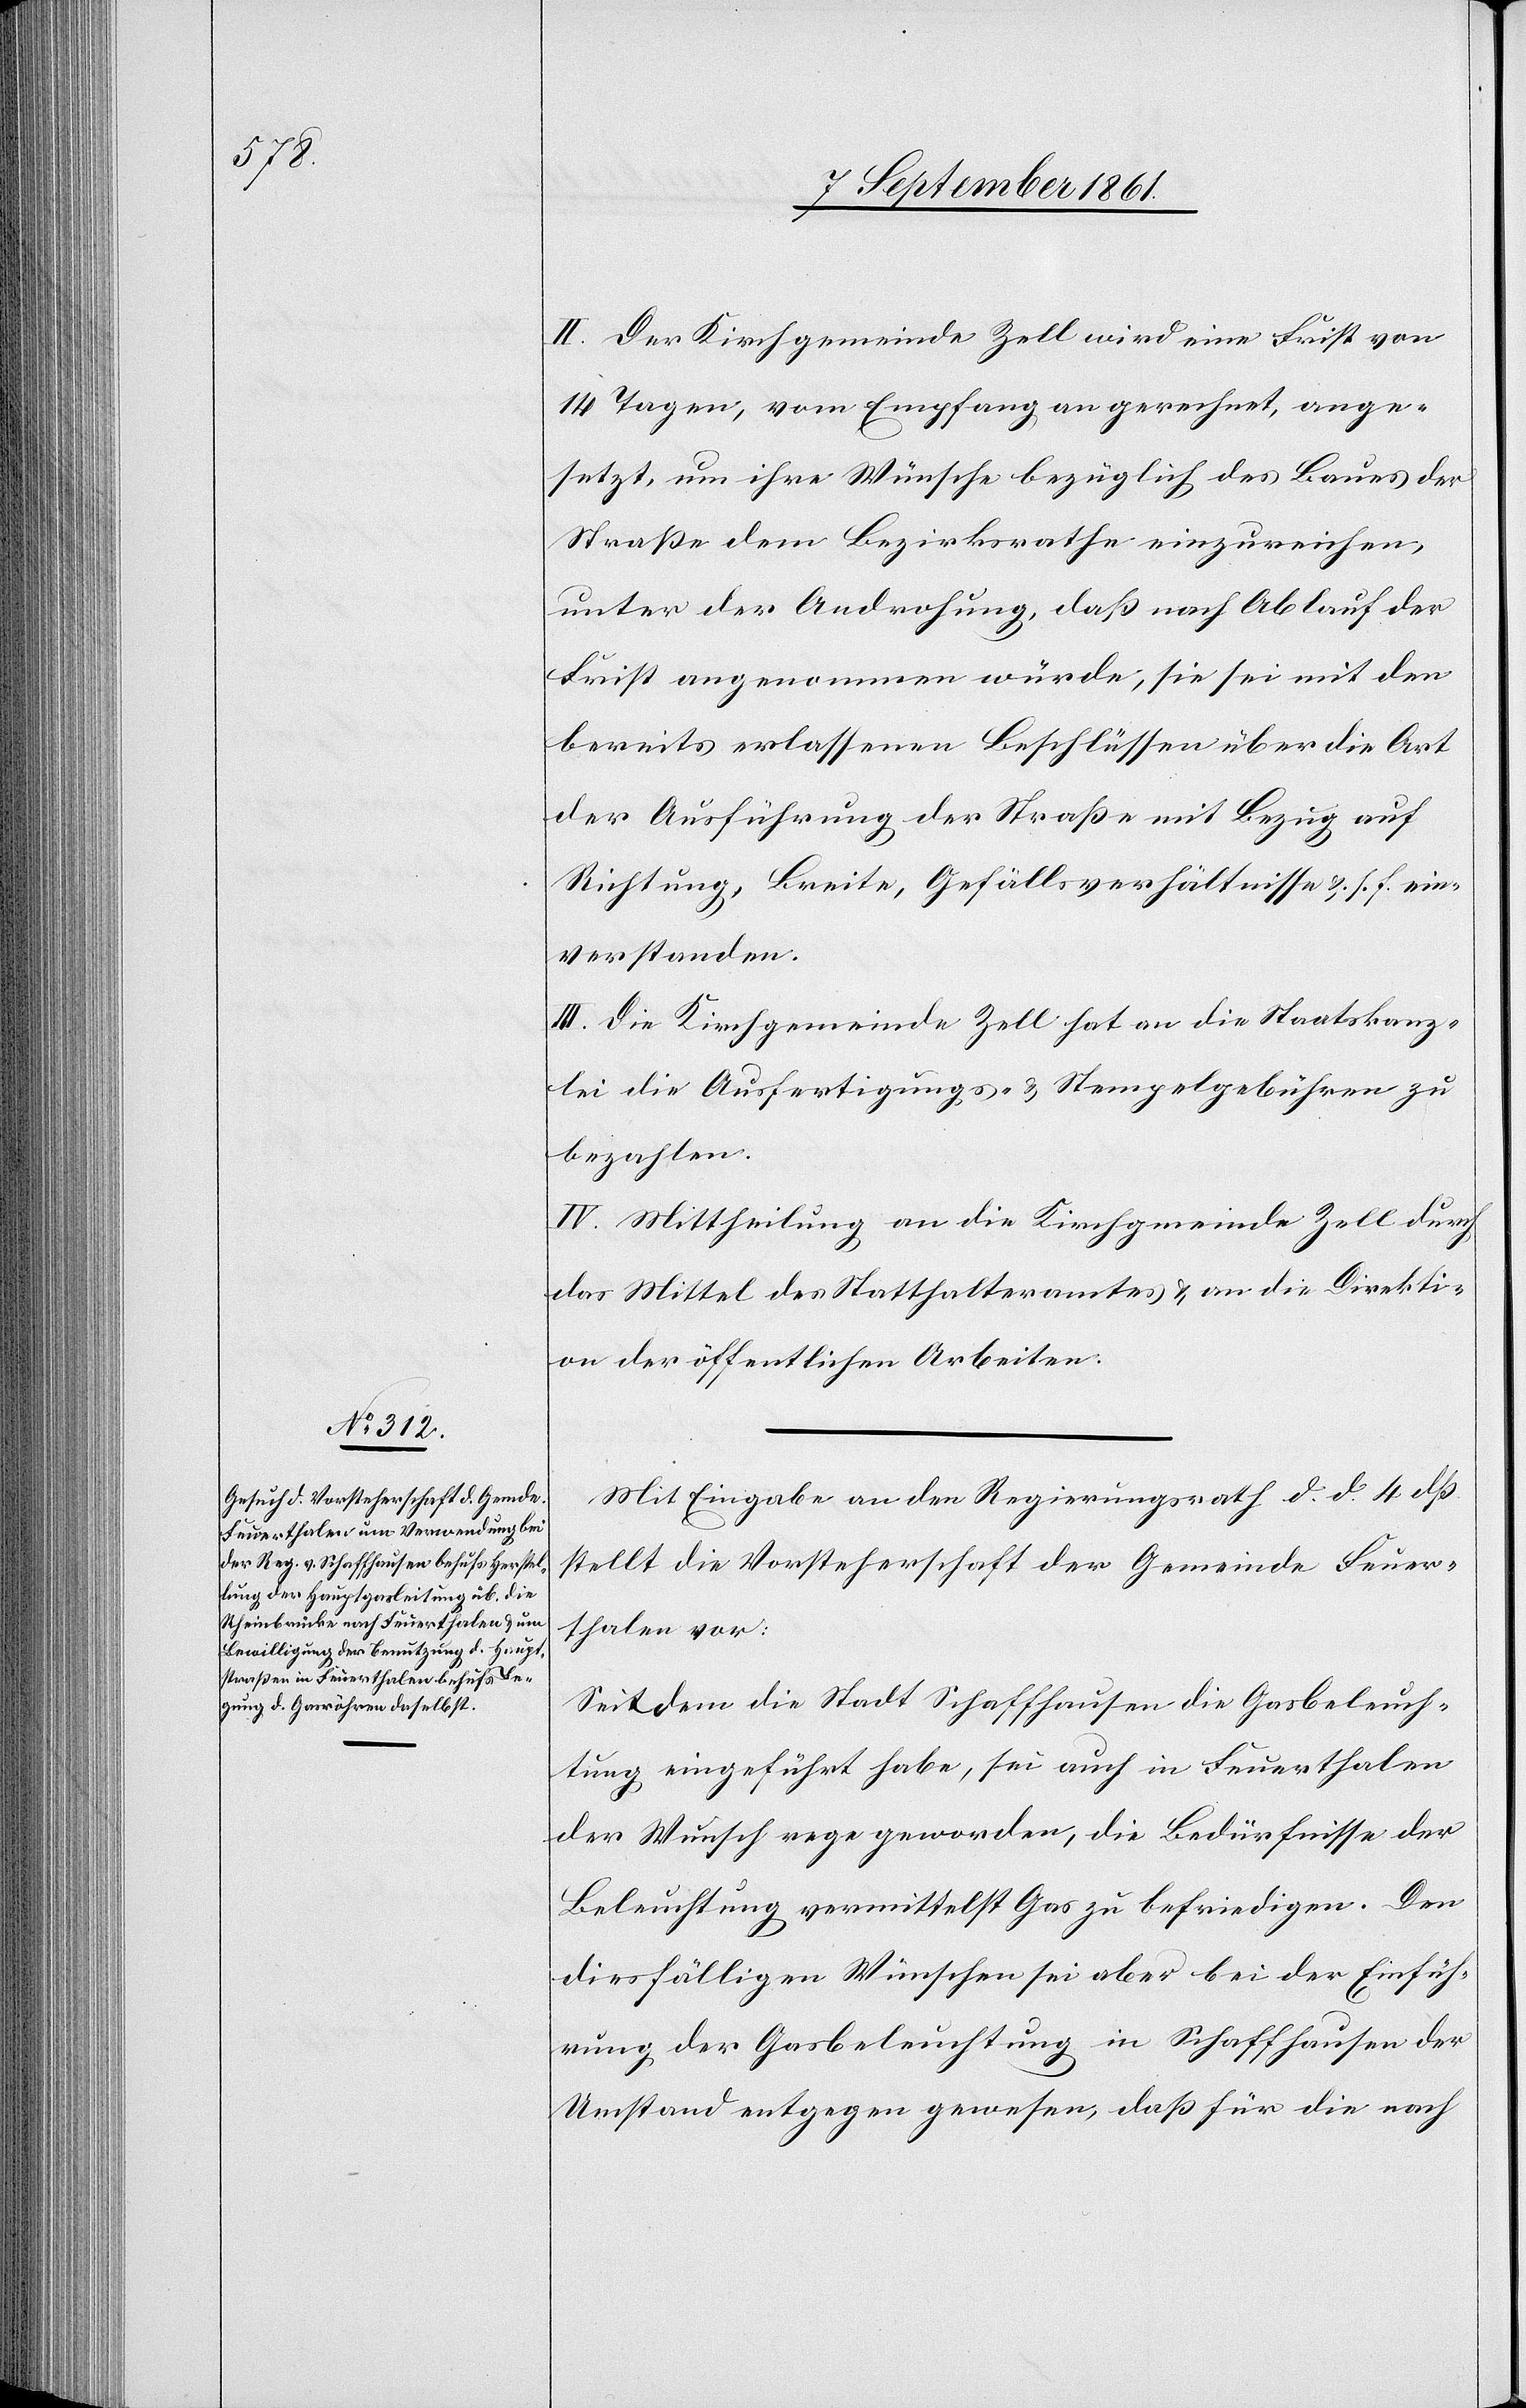
II. Der Kirchgemeinde Zell wird eine Frist von
14 Tagen, vom Empfang an gerechnet, ange¬
setzt, um ihre Wünsche bezüglich des Baues der
Straße dem Bezirksrathe einzureichen,
unter der Androhung, daß nach Ablauf der
Frist angenommen würde, sie sei mit den
bereits erlassenen Beschlüssen über die Art
der Ausführung der Straße mit Bezug auf
Richtung, Breite, Gefällsverhältnisse u. s. f. ein¬
verstanden.
III. Die Kirchgemeinde Zell hat an die Staatskanz¬
lei die Ausfertigungs- u. Stempelgebühren zu
bezahlen.
IV. Mittheilung an die Kirchgemeinde Zell durch
das Mittel des Statthalteramtes u. an die Direkti¬
on der öffentlichen Arbeiten.
Mit Eingabe an den Regierungsrath d. d. 4 dß.
stellt die Vorsteherschaft der Gemeinde Feuer¬
thalen vor:
Seit dem die Stadt Schaffhausen die Gasbeleuch¬
tung eingeführt habe, sei auch in Feuerthalen
der Wunsch rege geworden, die Bedürfnisse der
Beleuchtung vermittelst Gas zu befriedigen. Den
diesfälligen Wünschen sei aber bei der Einfüh¬
rung der Gasbeleuchtung in Schaffhausen der
Umstand entgegen gewesen, daß für die nach